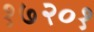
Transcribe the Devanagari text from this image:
१७२०१